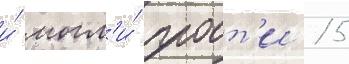
и́ могл'и́ проит'и 15